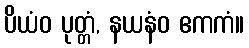
ပိယံဝ ပုတ္တံ, နယနံဝ ဧကကံ။